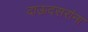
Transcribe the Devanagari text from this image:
दाऊदसरांना